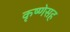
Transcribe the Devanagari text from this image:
कृष्णेसह